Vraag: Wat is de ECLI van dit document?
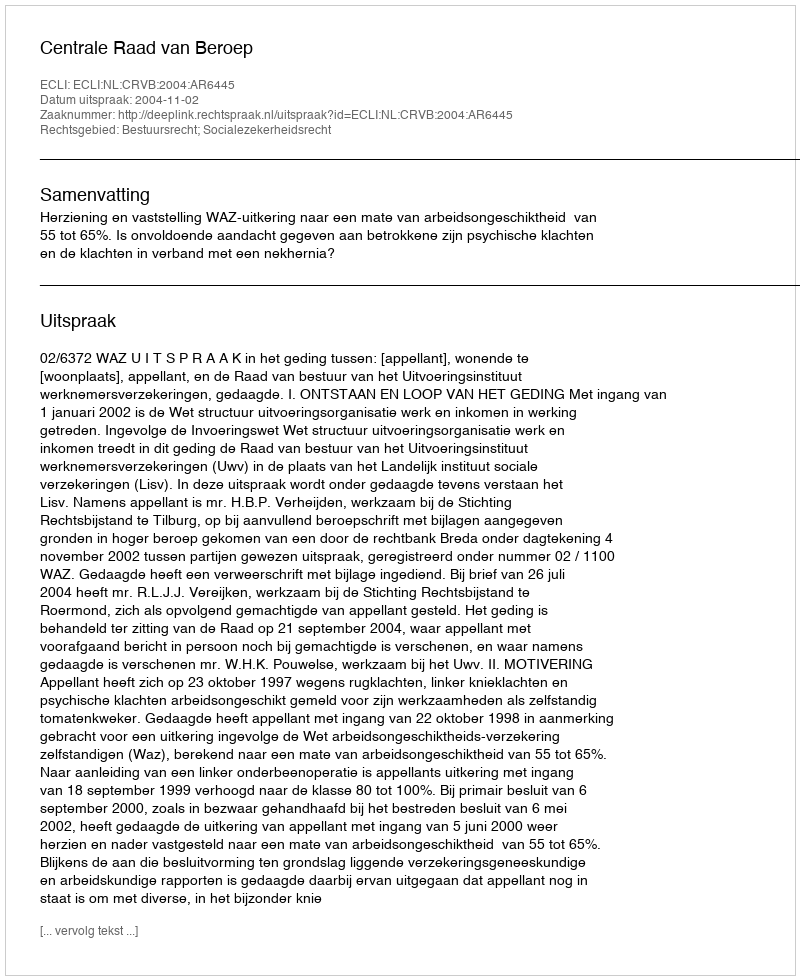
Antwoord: ECLI:NL:CRVB:2004:AR6445